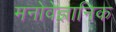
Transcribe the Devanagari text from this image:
मनोवेज्ञानिक